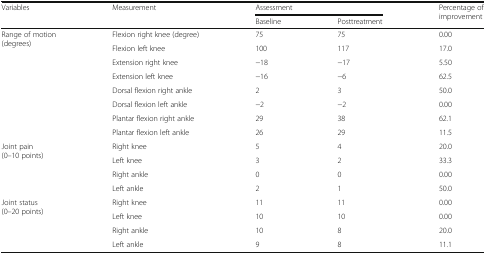
<table><thead><tr><td rowspan="2"><b>Variables</b></td><td rowspan="2"><b>Measurement</b></td><td colspan="2"><b>Assessment</b></td><td rowspan="2"><b>Percentage of improvement</b></td></tr><tr><td><b>Baseline</b></td><td><b>Posttreatment</b></td></tr></thead><tbody><tr><td rowspan="8">Range of motion(degrees)</td><td>Flexion right knee (degree)</td><td>75</td><td>75</td><td>0.00</td></tr><tr><td>Flexion left knee</td><td>100</td><td>117</td><td>17.0</td></tr><tr><td>Extension right knee</td><td>−18</td><td>−17</td><td>5.50</td></tr><tr><td>Extension left knee</td><td>−16</td><td>−6</td><td>62.5</td></tr><tr><td>Dorsal flexion right ankle</td><td>2</td><td>3</td><td>50.0</td></tr><tr><td>Dorsal flexion left ankle</td><td>−2</td><td>−2</td><td>0.00</td></tr><tr><td>Plantar flexion right ankle</td><td>29</td><td>38</td><td>62.1</td></tr><tr><td>Plantar flexion left ankle</td><td>26</td><td>29</td><td>11.5</td></tr><tr><td rowspan="4">Joint pain(0–10 points)</td><td>Right knee</td><td>5</td><td>4</td><td>20.0</td></tr><tr><td>Left knee</td><td>3</td><td>2</td><td>33.3</td></tr><tr><td>Right ankle</td><td>0</td><td>0</td><td>0.00</td></tr><tr><td>Left ankle</td><td>2</td><td>1</td><td>50.0</td></tr><tr><td rowspan="4">Joint status(0–20 points)</td><td>Right knee</td><td>11</td><td>11</td><td>0.00</td></tr><tr><td>Left knee</td><td>10</td><td>10</td><td>0.00</td></tr><tr><td>Right ankle</td><td>10</td><td>8</td><td>20.0</td></tr><tr><td>Left ankle</td><td>9</td><td>8</td><td>11.1</td></tr></tbody></table>